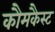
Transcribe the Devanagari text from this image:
कौमकैस्ट